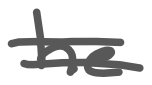
Text: he
Cross-out: mix
Writing tool: digital_gray